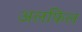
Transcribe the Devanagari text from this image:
अलफिल